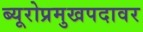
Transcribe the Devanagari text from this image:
ब्यूरोप्रमुखपदावर